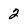
Character: 2